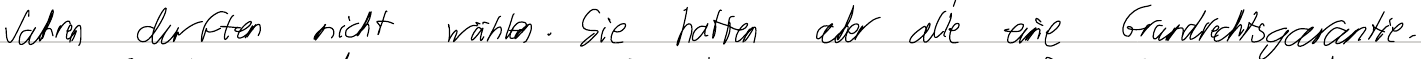
Jahren durften nicht wählen. Sie hatten aber alle eine Grundrechtsgarantie.